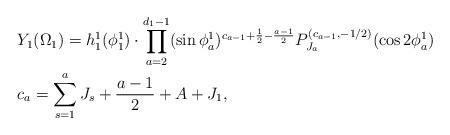
LaTeX: \begin{align*}\begin{aligned} &Y_1(\Omega_1)=h^1_1(\phi^1_1)\cdot \prod_{a=2}^{d_1-1}(\sin \phi^1_a)^{c_{a-1}+\frac{1}{2}-\frac{a-1}{2}}P^{(c_{a-1},-1/2)}_{J_a}(\cos 2\phi^1_a)\\ &c_a=\sum_{s=1}^{a}J_s+\frac{a-1}{2}+A+J_1,\end{aligned}\end{align*}